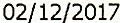
02/12/2017